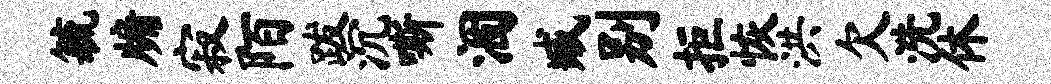
毓牖寂陌跋沉嘶涸臧别拒恢洪欠洗休